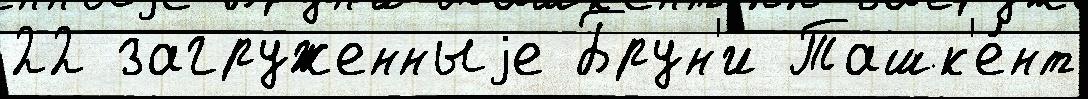
22 загруженныjе Брун'и Ташк'е́нт